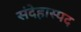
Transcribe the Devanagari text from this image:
संदेहास्‍पद